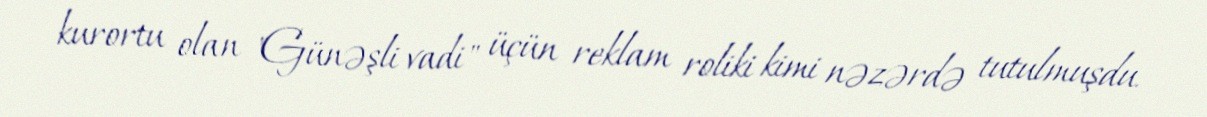
kurortu olan "Günəşli vadi" üçün reklam roliki kimi nəzərdə tutulmuşdu.